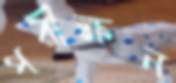
পরীক্ষন